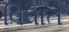
વિધાત